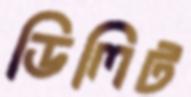
ডিলিট